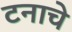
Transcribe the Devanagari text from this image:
टनाचे